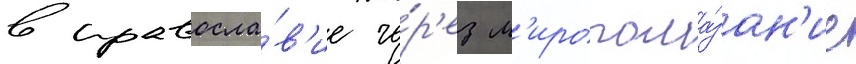
в правосла́в'ие че́р'ез м'иропома́зан'ие